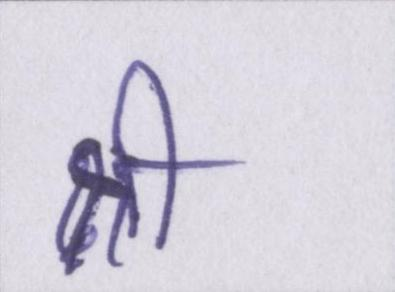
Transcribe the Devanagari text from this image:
श्री